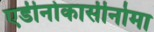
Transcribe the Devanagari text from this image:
एडीनोकार्सीनोमा